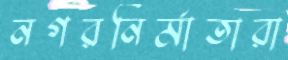
নগরনির্মাতারা